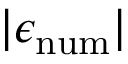
| \epsilon _ { \mathrm { { n u m } } } |